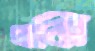
মঝি